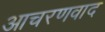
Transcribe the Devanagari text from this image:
आचरणवाद